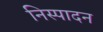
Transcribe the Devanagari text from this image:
निस्पादन